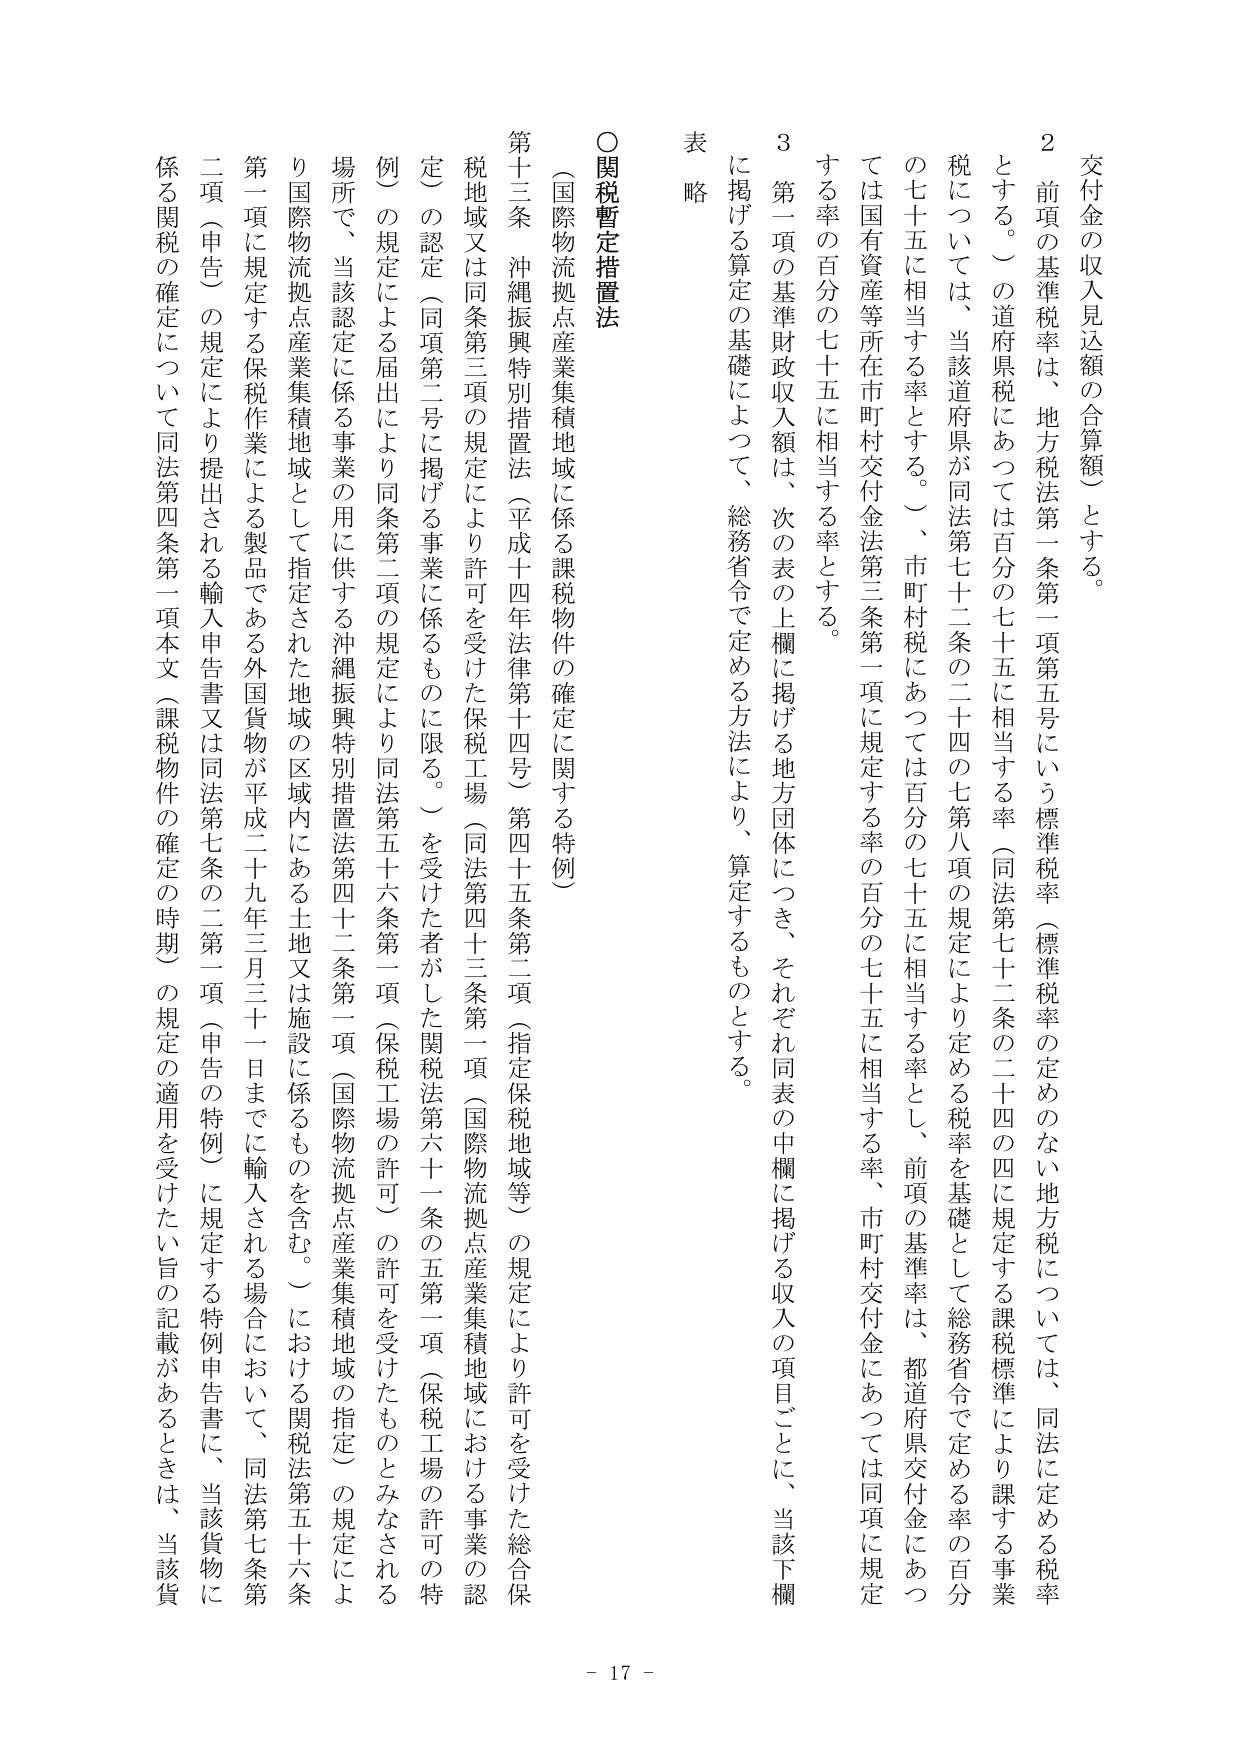
交付金の収入見込額の合算額）とする。

２ 前項の基準税率は、地方税法第一条第一項第五号にいう標準税率（標準税率の定めのない地方税については、同法に定める税率とする。）の道府県税にあっては百分の七十五に相当する率（同法第七十二条の二十四の四に規定する課税標準により課する事業税については、当該道府県が同法第七十二条の二十四の七第八項の規定により定める税率を基礎として総務省令で定める率の百分の七十五に相当する率とする。）、市町村税にあっては百分の七十五に相当する率とし、前項の基準率は、都道府県交付金にあっては国有資産等所在市町村交付金法第三条第一項に規定する率の百分の七十五に相当する率、市町村交付金にあっては同項に規定する率の百分の七十五に相当する率とする。

３ 第一項の基準財政収入額は、次の表の上欄に掲げる地方団体につき、それぞれ同表の中欄に掲げる収入の項目ごとに、当該下欄に掲げる算定の基礎によって、総務省令で定める方法により、算定するものとする。

表 略

○関税暫定措置法

（国際物流拠点産業集積地域に係る課税物件の確定に関する特例）

第十三条 沖縄振興特別措置法（平成十四年法律第十四号）第四十五条第二項（指定保税地域等）の規定により許可を受けた総合保税地域又は同条第三項の規定により許可を受けた保税工場（同法第四十三条第一項（国際物流拠点産業集積地域における事業の認定）の認定（同項第二号に掲げる事業に係るものに限る。）を受けた者がした関税法第六十一条の五第一項（保税工場の許可の特例）の規定による届出により同条第二項の規定により同法第五十六条第一項（保税工場の許可）の許可を受けたものとみなされる場所で、当該認定に係る事業の用に供する沖縄振興特別措置法第四十二条第一項（国際物流拠点産業集積地域の指定）の規定により国際物流拠点産業集積地域として指定された地域の区域内にある土地又は施設に係るものを含む。）における関税法第五十六条第一項に規定する保税作業による製品である外国貨物が平成二十九年三月三十一日までに輸入される場合において、同法第五十六条第二項（申告）の規定により提出される輸入申告書又は同法第七条の二第一項（申告の特例）に規定する特例申告書に、当該貨物に係る関税の確定について同法第四条第一項本文（課税物件の確定の時期）の規定の適用を受けたい旨の記載があるときは、当該貨

- 17 -